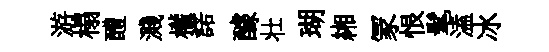
游榻醴濺權諾醵壮瑚緗冡恨髦溘冰